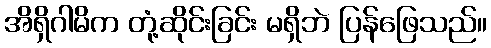
အိရှိဂါမိက တုံ့ဆိုင်းခြင်း မရှိဘဲ ပြန်ဖြေသည်။